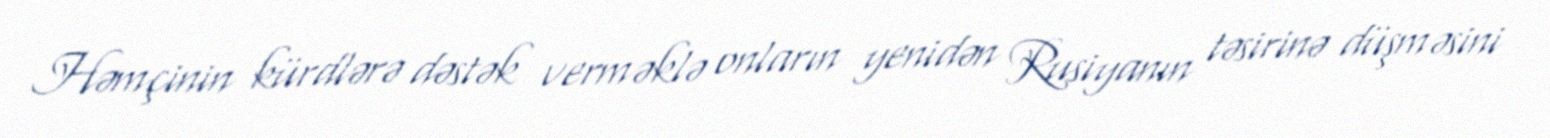
Həmçinin kürdlərə dəstək verməklə onların yenidən Rusiyanın təsirinə düşməsini